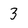
Character: 3